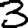
Digit: 3